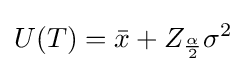
U(T)={\bar {x}}+Z_{\frac {\alpha }{2}}\sigma ^{2}